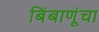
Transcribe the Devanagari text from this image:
बिंबाणूंचा